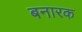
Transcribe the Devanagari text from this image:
बनारक